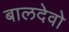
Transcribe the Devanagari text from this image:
बालदेवो